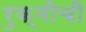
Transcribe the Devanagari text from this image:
रुक्मीची